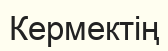
Кермектің